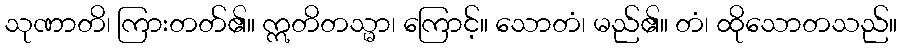
သုဏာတိ၊ ကြားတတ်၏။ ဣတိတသ္မာ၊ ကြောင့်။ သောတံ၊ မည်၏။ တံ၊ ထိုသောတသည်။